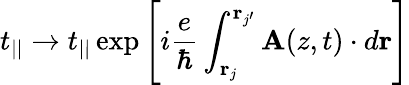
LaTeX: t_{||}\to t_{||}\exp\left[i\frac{e}{\hbar}\int_{{\mathbf r}_{j}}^{{\mathbf r}_{j^{\prime}}}{\mathbf A}(z,t)\cdot d{\mathbf r}\right]